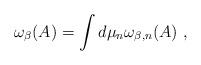
LaTeX: \begin{align*}\omega_{\beta}(A) = \int d\mu_{{n}} \omega_{\beta,{n}}(A) \ ,\end{align*}